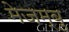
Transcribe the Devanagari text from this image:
मेजम्बु